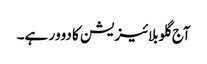
آج گلوبلائیزیشن کا دوور ہے۔